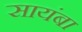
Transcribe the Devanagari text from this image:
सायंबा